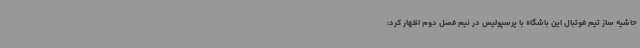
حاشیه ساز تیم فوتبال این باشگاه با پرسپولیس در نیم فصل دوم اظهار کرد: